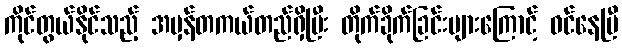
ကိုင်တွယ်နိုင်သည့် အမှန်တကယ်တည်ရှိပြီး တိုက်ခိုက်ခြင်းများကြောင့် ဝင်နေပြီ